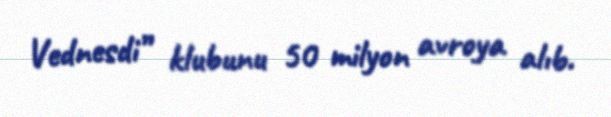
Vednesdi” klubunu 50 milyon avroya alıb.